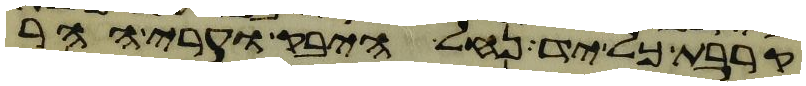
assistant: קרבת כל יד נחל היבק וערי ההר